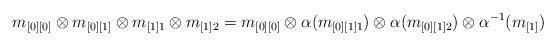
LaTeX: \begin{align*}m_{[0][0]}\otimes m_{[0][1]}\otimes m_{[1]1}\otimes m_{[1]2}=m_{[0][0]}\otimes\alpha(m_{[0][1]1})\otimes \alpha(m_{[0][1]2})\otimes\alpha^{-1}(m_{[1]})\end{align*}